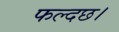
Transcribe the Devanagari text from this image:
फल्दछ।